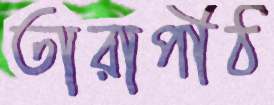
তারাপীঠ